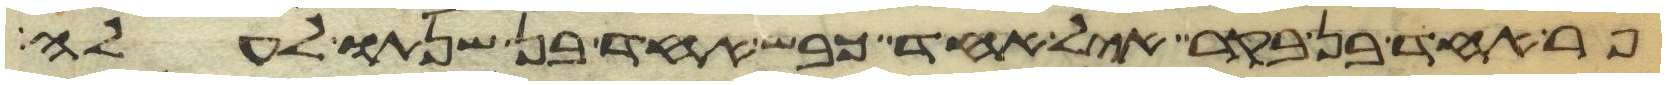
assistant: פר אחד בן בקר איל אחד כבש אחד בן שנתו לעלה